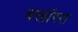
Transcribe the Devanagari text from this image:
बर्खास्त